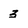
Character: 3